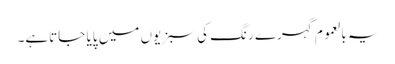
یہ بالعموم گہرے رنگ کی سبزیوں میں پایا جاتاہے۔